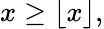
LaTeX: x\geq\lfloor x\rfloor,